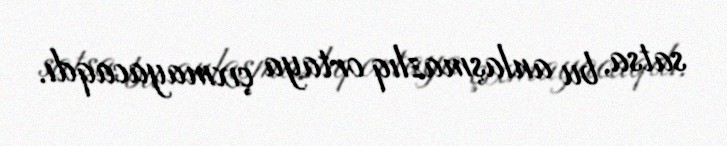
satsa, bu anlaşmazlıq ortaya çıxmayacaqdı.